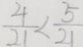
\frac { 4 } { 2 1 } < \frac { 5 } { 2 1 }